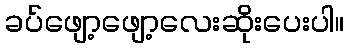
ခပ်ဖျော့ဖျော့လေးဆိုးပေးပါ။